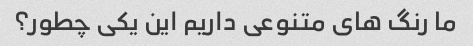
ما رنگ های متنوعی داریم این یکی چطور؟